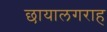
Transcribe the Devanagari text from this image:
छायालगराह